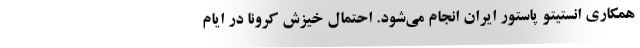
همکاری انستیتو پاستور ایران انجام می‌شود. احتمال خیزش کرونا در ایام